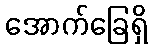
အောက်ခြေရှိ